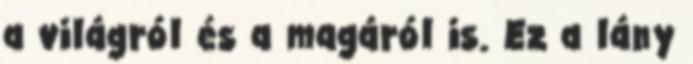
a világról és a magáról is. Ez a lány